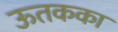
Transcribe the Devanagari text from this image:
ऊतकका